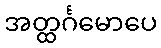
အတ္ထင်္ဂမောပေ